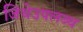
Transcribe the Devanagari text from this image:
जिथेउपलब्ध